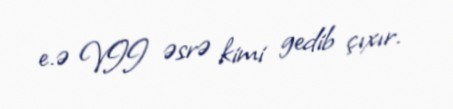
e.ə VII əsrə kimi gedib çıxır.